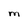
Character: M